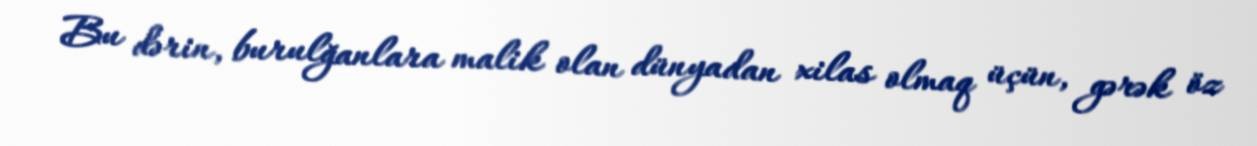
Bu dərin, burulğanlara malik olan dünyadan xilas olmaq üçün, gərək öz